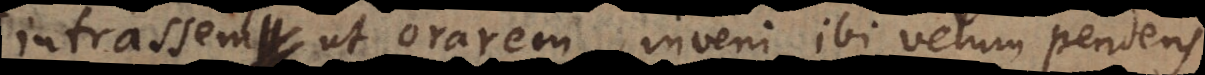
intrassem ut orarem, inveni ibi velum pendens